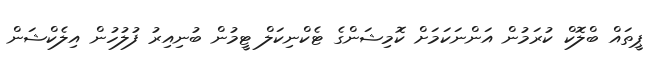
ޕީތައް ބްލޮކް ކުރަމުން އަންނަކަމަށް ކޮމިޝަންގެ ޓެކްނިކަލް ޓީމުން ބުނިއިރު ފުލުހުން އިލެކްޝަން